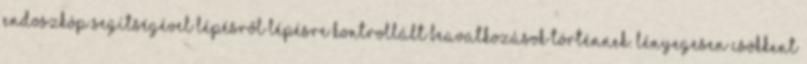
endoszkóp segítségével lépésről lépésre kontrollált beavatkozások történnek. Lényegesen csökkent